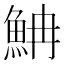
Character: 𩶎